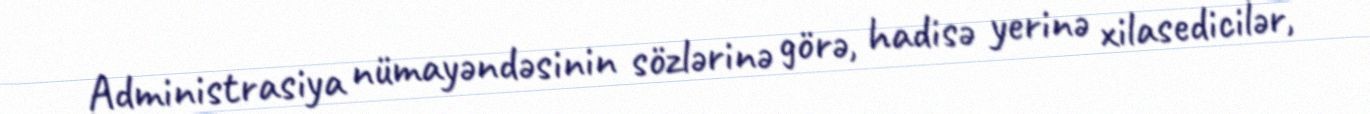
Administrasiya nümayəndəsinin sözlərinə görə, hadisə yerinə xilasedicilər,